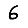
Digit: 6